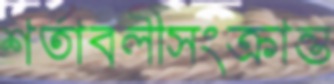
শর্তাবলীসংক্রান্ত